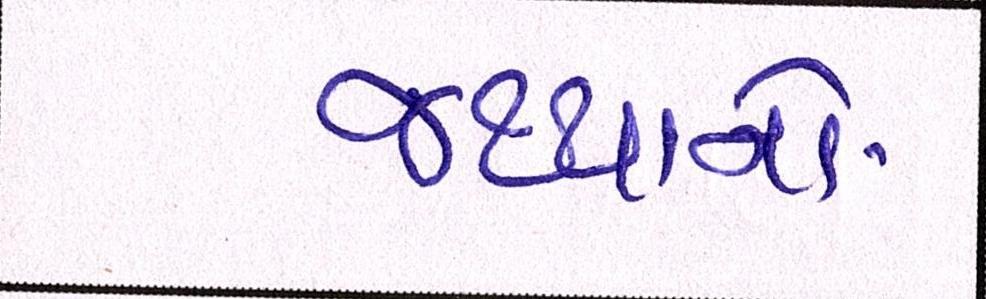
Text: જથ્થાનો